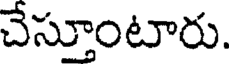
చేస్తూంటారు.